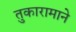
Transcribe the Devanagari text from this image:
तुकारामाने